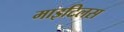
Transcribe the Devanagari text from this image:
माइटिलस